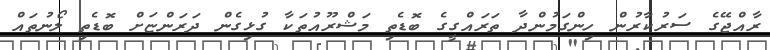
ރާއްޖޭގެ ސަރުކާރުން ހިންގަމުންދާ ތަރައްގީގެ ބޮޑެތި މަޝްރޫއުތަކާ ގުޅިގެން ދަރަންޏަށް ބޮޑެތި ލޯނުތައް